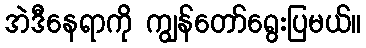
အဲဒီနေရာကို ကျွန်တော်ရွေးပြမယ်။